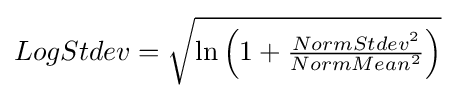
LogStdev={\sqrt {\ln \left(1+{\tfrac {NormStdev^{2}}{NormMean^{2}}}\right)}}